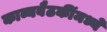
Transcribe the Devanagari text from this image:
काव्यबैठकींमध्ये